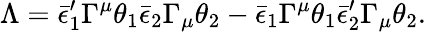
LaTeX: \Lambda=\bar{\epsilon}_{1}^{\prime}\Gamma^{\mu}\theta_{1}\bar{\epsilon}_{2}\Gamma_{\mu}\theta_{2}-\bar{\epsilon}_{1}\Gamma^{\mu}\theta_{1}\bar{\epsilon}_{2}^{\prime}\Gamma_{\mu}\theta_{2}.